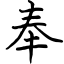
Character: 奉